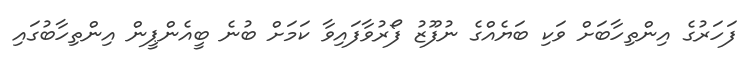
ފަހަރުގެ އިންތިހާބަށް ވަކި ބަޔެއްގެ ނުފޫޒު ފޯރުވާފައިވާ ކަމަށް ބުނެ ބީއެންޕީން އިންތިހާބުގައި